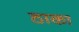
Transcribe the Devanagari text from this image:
ठाका